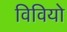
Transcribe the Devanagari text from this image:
विवियो